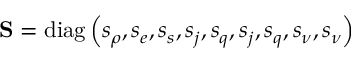
\mathbf { S } = \operatorname { d i a g } \left( s _ { \rho } , s _ { e } , s _ { s } , s _ { j } , s _ { q } , s _ { j } , s _ { q } , s _ { \nu } , s _ { \nu } \right)